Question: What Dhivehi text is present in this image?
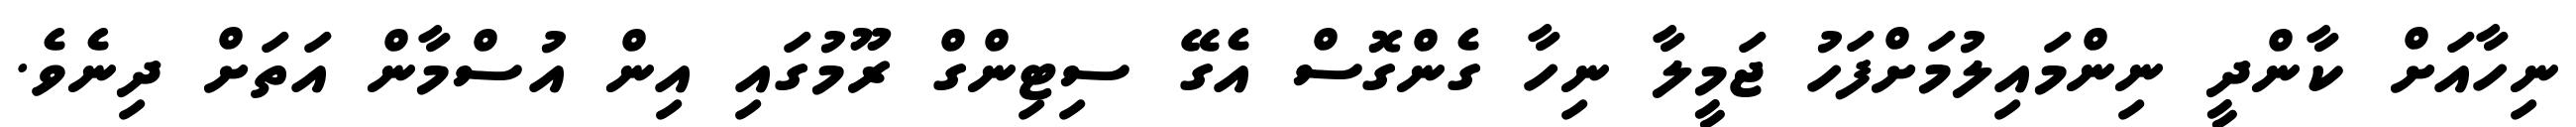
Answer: ނިހާއަށް ކާންދީ ނިންމައިލުމަށްފަހު ޖަމީލާ ނިހާ ގެންގޮސް އެގޭ ސިޓިންގް ރޫމުގައި އިން އުސްމާން އަތަށް ދިނެވެ.